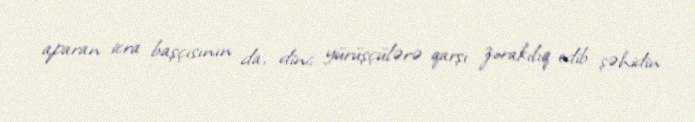
aparan icra başçısının da, dinc yürüşçülərə qarşı zorakılıq edib şəhidin